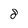
Character: 8